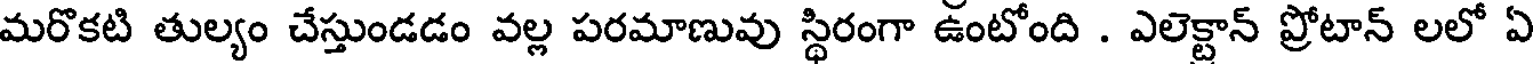
మరొకటి తుల్యం చేస్తుండడం వల్ల పరమాణువు స్థిరంగా ఉంటోంది . ఎలెక్టాన్ ప్రోటాన్ లలో ఏ